General report no. 6 on the lunatic asylums, vaccination and dispensaries in the Bengal Presidency, 1873 -
Year: 1873
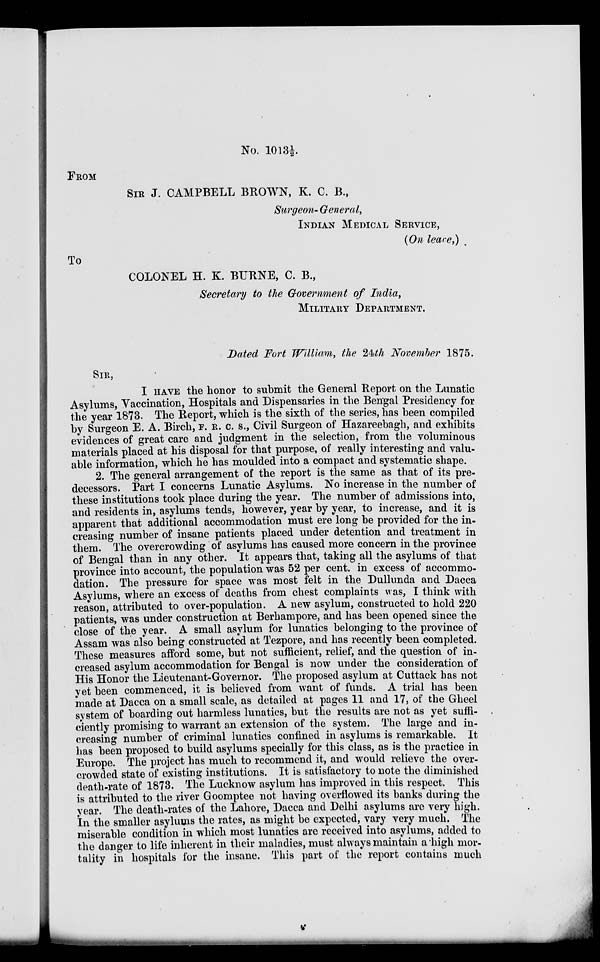
No. 1013½
FROM
SIR J. CAMPBELL BROWN, K. C. B.,
Surgeon- General,
INDIAN MEDICAL SERVICE,
(On leare,)
To
COLONEL H. K. BURNE, C. B.,
Secretary to the Government of India,
MILITARY DEPARTMENT.
Dated Fort William, the 24th November 1875.
SIR,
I HAVE the honor to submit the General Report on the Lunatic
Asylums, Vaccination, Hospitals and Dispensaries in the Bengal Presidency for
the year 1873. The Report, which is the sixth of the series, has been compiled
by Surgeon E. A. Birch, F. R. C. S., Civil Surgeon of Hazareebagh, and exhibits
evidences of great care and judgment in the selection, from the voluminous
materials placed at his disposal for that purpose, of really interesting and valu-
able information, which he has moulded into a compact and systematic shape.
2. The general arrangement of the report is the same as that of its pre-
decessors. Part I concerns Lunatic Asylums. No increase in the number of
these institutions took place during the year. The number of admissions into,
and residents in, asylums tends, however, year by year, to increase, and it is
apparent that additional accommodation must ere long be provided for the in-
creasing number of insane patients placed under detention and treatment in
them. The overcrowding of asylums has caused more concern in the province
of Bengal than in any other. It appears that, taking all the asylums of that
province into account, the population was 52 per cent. in excess of accommo-
dation. The pressure for space was most felt in the Dullunda and Dacca
Asylums, where an excess of deaths from chest complaints was, I think with
reason, attributed to over-population. A new asylum, constructed to hold 220
patients, was under construction at Berhampore, and has been opened since the
close of the year. A small asylum for lunatics belonging to the province of
Assam was also being constructed at Tezpore, and has recently been completed.
These measures afford some, but not sufficient, relief, and the question of in-
creased asylum accommodation for Bengal is now under the consideration of
His Honor the Lieutenant-Governor. The proposed asylum at Cuttack has not
yet been commenced, it is believed from want of funds. A trial has been
made at Dacca on a small scale, as detailed at pages 11 and 17, of the Gheel
system of boarding out harmless lunatics, but the results are not as yet suffi-
ciently promising to warrant an extension of the system. The large and in-
creasing number of criminal lunatics confined in asylums is remarkable. It
has been proposed to build asylums specially for this class, as is the practice in
Europe. The project has much to recommend it, and would relieve the over-
crowded state of existing institutions. It is satisfactory to note the diminished
death-rate of 1873. The Lucknow asylum has improved in this respect. This
is attributed to the river Goomptee not having overflowed its banks during the
year. The death-rates of the Lahore, Dacca and Delhi asylums are very high.
In the smaller asylums the rates, as might be expected, vary very much. The
miserable condition in which most lunatics are received into asylums, added to
the danger to life inherent in their maladies, must always maintain a high mor-
tality in hospitals for the insane. This part of the report contains much